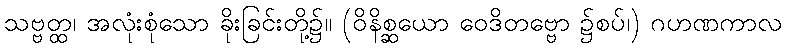
သဗ္ဗတ္ထ၊ အလုံးစုံသော ခိုးခြင်းတို့၌။ (ဝိနိစ္ဆယော ဝေဒိတဗ္ဗော ၌စပ်၊) ဂဟဏကာလ